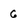
Character: G